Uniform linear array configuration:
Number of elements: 4
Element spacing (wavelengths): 1
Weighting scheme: exponential
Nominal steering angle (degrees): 45
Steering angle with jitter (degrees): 45.848
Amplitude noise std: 0.05
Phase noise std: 0.05

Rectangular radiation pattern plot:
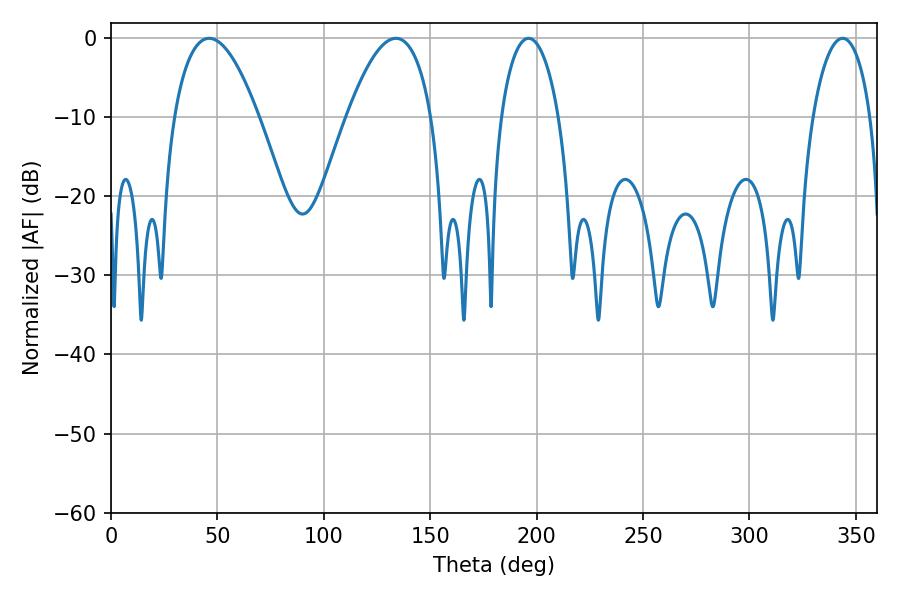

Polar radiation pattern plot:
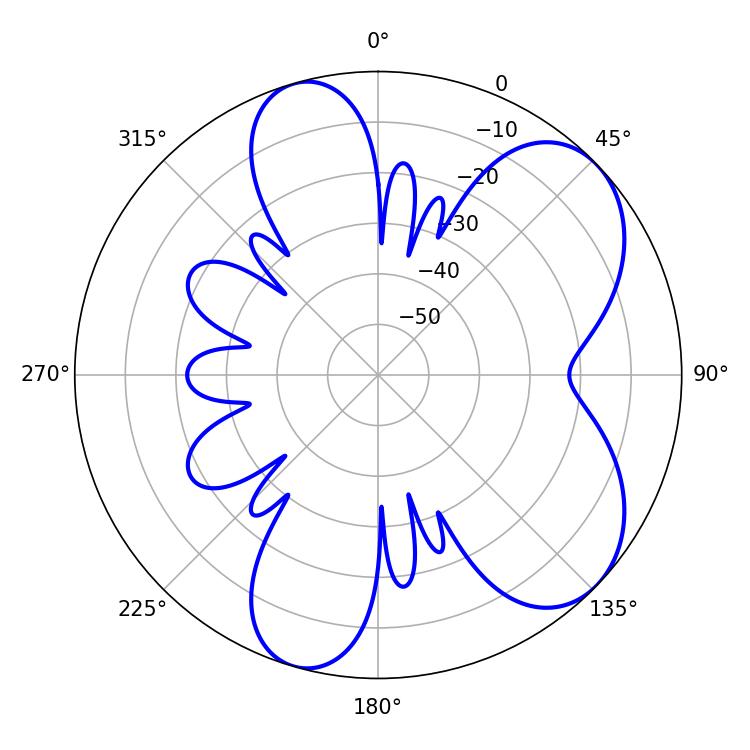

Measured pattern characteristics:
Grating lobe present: TRUE
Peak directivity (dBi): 6.597
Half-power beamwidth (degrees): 15.48
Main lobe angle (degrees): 196.2